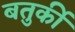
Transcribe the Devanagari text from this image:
बतुर्की